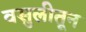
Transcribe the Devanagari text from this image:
वसुलीतून